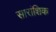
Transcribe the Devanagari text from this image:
सारांशिक